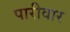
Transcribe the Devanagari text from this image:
पारीवार